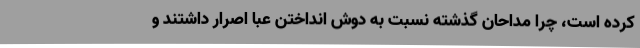
کرده است، چرا مداحان گذشته نسبت به دوش انداختن عبا اصرار داشتند و